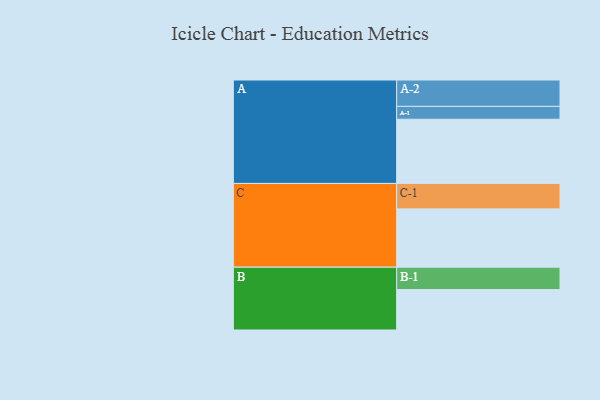
{"axis": {"x": "Segment", "y": "Value"}, "legend": ["", "A", "B", "C"], "data": [{"x": "A", "y": 545, "type": ""}, {"x": "B", "y": 343, "type": ""}, {"x": "C", "y": 495, "type": ""}, {"x": "A-1", "y": 109, "type": "A"}, {"x": "A-2", "y": 224, "type": "A"}, {"x": "B-1", "y": 190, "type": "B"}, {"x": "C-1", "y": 216, "type": "C"}]}